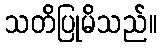
သတိပြုမိသည်။